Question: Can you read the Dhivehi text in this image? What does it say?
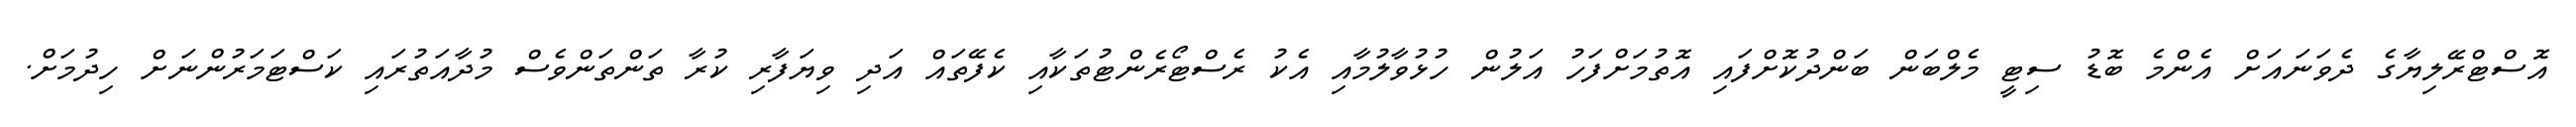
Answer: އޮސްޓްރޭލިޔާގެ ދެވަނައަށް އެންމެ ބޮޑު ސިޓީ މެލްބަން ބަންދުކޮށްފައި އޮތުމަށްފަހު އަލުން ހުޅުވާލުމާއި އެކު ރެސްޓޯރެންޓުތަކާއި ކެފޭތައް އަދި ވިޔަފާރި ކުރާ ތަންތަންވެސް މުދާއަތުރައި ކަސްޓަމަރުންނަށް ހިދުމަށް.